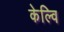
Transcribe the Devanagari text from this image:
केल्वि